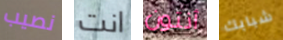
نصيب انت أنتون شبابك